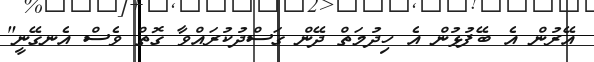
އޭރުން އެ ބޭފުޅުން އެ ހިދުމަތް ދޭން ގަސްދުކުރައްވާ ގޮތް ވެސް އެނގޭނީ"